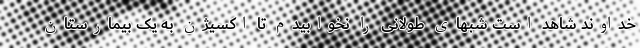
خداوند شاهد است شبهای طولانی را نخوابیدم تا اکسیژن به یک بیمارستان